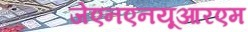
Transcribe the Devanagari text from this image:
जेएनएनयूआरएम